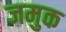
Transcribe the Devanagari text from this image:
जमुक